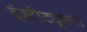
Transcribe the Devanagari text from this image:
इंश्टीट्यूशन्स